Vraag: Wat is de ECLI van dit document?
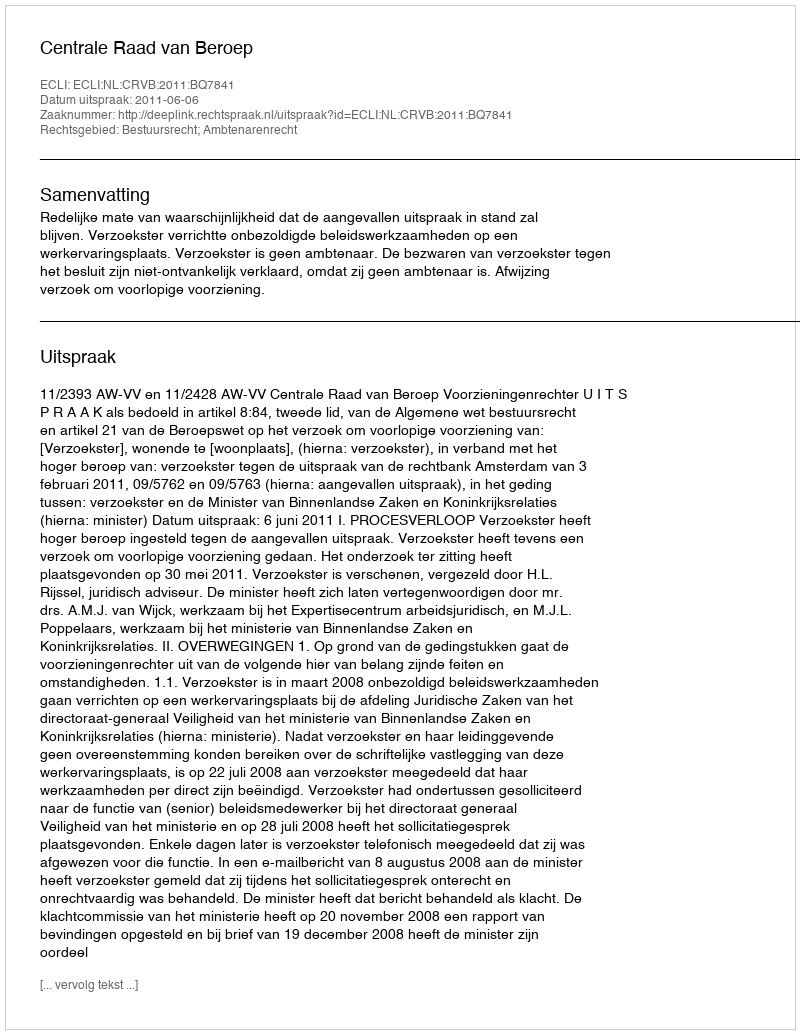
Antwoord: ECLI:NL:CRVB:2011:BQ7841